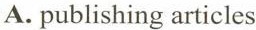
A. publishing articles